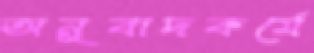
অনুবাদকর্মে